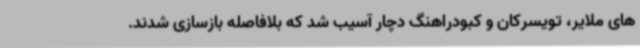
های ملایر، تویسرکان و کبودراهنگ دچار آسیب شد که بلافاصله بازسازی شدند.